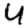
Digit: 4